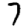
Digit: 7